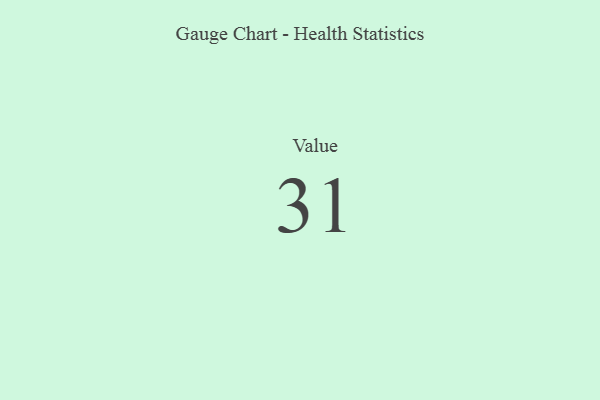
{"axis": {"x": "Metric", "y": "Value"}, "legend": [""], "data": [{"x": "Value", "y": 31, "type": ""}]}